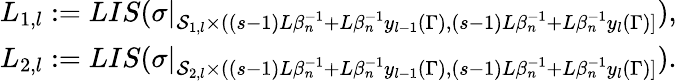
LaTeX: \begin{array}{r}{L_{1,l}:=LIS(\sigma|_{\mathcal{S}_{1,l}\times((s-1)L\beta_{n}^{-1}+L\beta_{n}^{-1}y_{l-1}(\Gamma),(s-1)L\beta_{n}^{-1}+L\beta_{n}^{-1}y_{l}(\Gamma)]}),}\\ {L_{2,l}:=LIS(\sigma|_{\mathcal{S}_{2,l}\times((s-1)L\beta_{n}^{-1}+L\beta_{n}^{-1}y_{l-1}(\Gamma),(s-1)L\beta_{n}^{-1}+L\beta_{n}^{-1}y_{l}(\Gamma)]}).}\end{array}